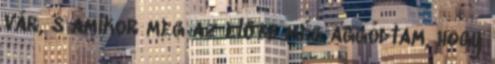
vár, s amikor meg az előbb még aggódtam, hogy